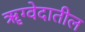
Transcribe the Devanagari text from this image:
ॠग्वेदातील